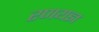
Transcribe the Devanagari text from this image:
रणयज्ञ